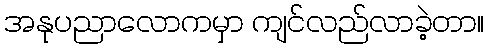
အနုပညာလောကမှာ ကျင်လည်လာခဲ့တာ။